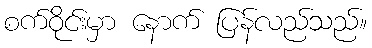
စက်ဝိုင်းမှာ နောက် ပြန်လည်သည်။